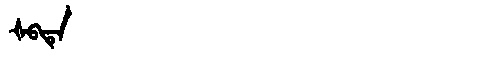
Manchu: ᡧᠪᡨᡝ
Romanization: ŠBTE